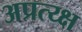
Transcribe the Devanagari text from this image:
अप्रत्य्क्ष